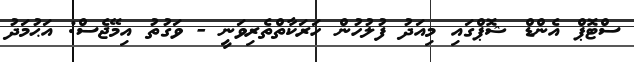
ސްޓޮޕް އެންޑް ޝޮޕްގައި މިއަދު ފުލުހުން ހަރަކާތްތެރިވަނީ - ވަގުތު އިމޭޖެސް: އަޙުމަދު